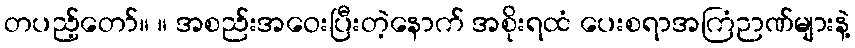
တပည့်တော်။ ။ အစည်းအဝေးပြီးတဲ့နောက် အစိုးရထံ ပေးစရာအကြံဉာဏ်များနဲ့